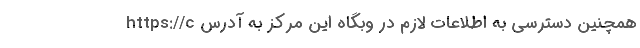
همچنین دسترسی به اطلاعات لازم در وبگاه این مرکز به آدرس https://c